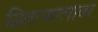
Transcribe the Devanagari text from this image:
सिताफालावर